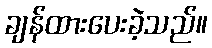
ချန်ထားပေးခဲ့သည်။